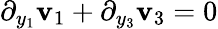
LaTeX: \partial_{y_{1}}\mathbf{v}_{1}+\partial_{y_{3}}\mathbf{v}_{3}=0